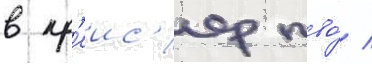
в кр'еис'ер пво́ /